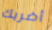
أضربك